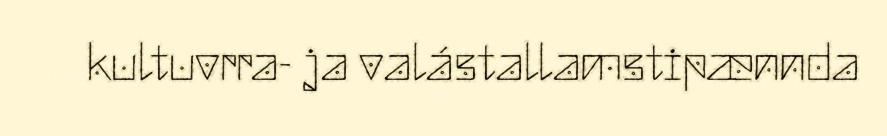
kultuvrra- ja valástallamstipænnda